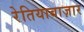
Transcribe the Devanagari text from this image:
रेतियाबाज़ार